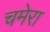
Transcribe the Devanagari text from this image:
चमेरा